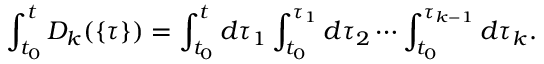
\int _ { t _ { 0 } } ^ { t } { \cal D } _ { k } ( \{ \tau \} ) = \int _ { t _ { 0 } } ^ { t } d \tau _ { 1 } \int _ { t _ { 0 } } ^ { \tau _ { 1 } } d \tau _ { 2 } \cdots \int _ { t _ { 0 } } ^ { \tau _ { k - 1 } } d \tau _ { k } .